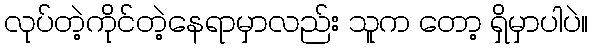
လုပ်တဲ့ကိုင်တဲ့နေရာမှာလည်း သူက တော့ ရှိမှာပါပဲ။